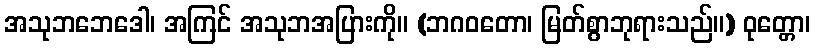
အသုဘဘေဒေါ၊ အကြင် အသုဘအပြားကို။ (ဘဂဝတော၊ မြတ်စွာဘုရားသည်။) ဝုတ္တော၊